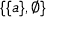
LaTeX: \{ \{ a \} , \emptyset \}